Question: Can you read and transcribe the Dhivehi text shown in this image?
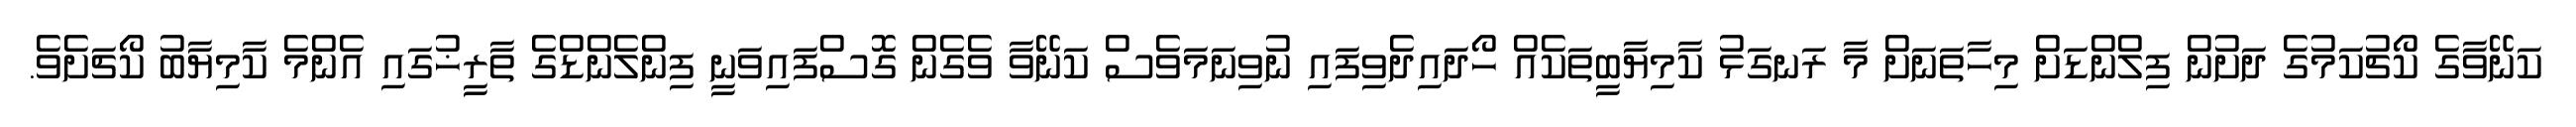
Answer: ކަނޭވާގެ ކޯޗުކަމުގެ ދަށުން ފިލްންޑަށް މިހާތަނަށް މާ ރަނގަޅު ކާމިޔާބީތަކެއް ހޯދައިދެވިފައި ނުވިނަމަވެސް ކަނޭވާ ވެގެން ގޮސްފައިވަނީ ފިންލެންޑްގެ ތާރީޚުގައި އެންމެ ކާމިޔާބު ކޯޗަށެވެ.